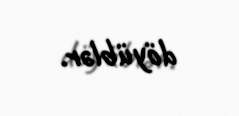
döyüblər.